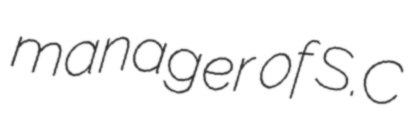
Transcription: manager of S.C